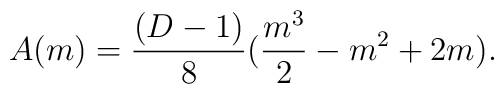
A(m)=\frac{(D-1)}{8}(\frac{m^{3}}{2}-m^{2}+2m).